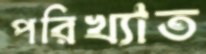
পরিখ্যাত